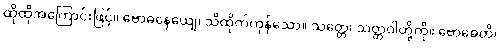
ထိုထိုအကြောင်းဖြင့်။ ဗောဓနေယျေ၊ သိထိုက်ကုန်သော။ သတ္တေ၊ သတ္တဝါတို့ကို။ ဗောဓေတိ၊